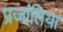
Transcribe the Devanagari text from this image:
प्रजांतिया